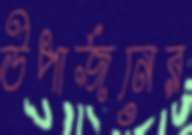
উপার্জনের